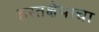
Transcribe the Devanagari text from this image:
हस्तक्षेपाचा